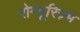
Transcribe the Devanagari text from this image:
रोम्यूरिज़्म